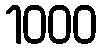
1000